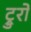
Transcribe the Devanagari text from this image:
ट्रुरो